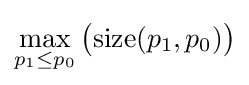
\max \limits _{p_{1}\leq p_{0}}{\big (}{\mbox{size}}(p_{1},p_{0}){\big )}